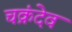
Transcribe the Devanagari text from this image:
चक्रंदेव